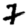
Digit: 7